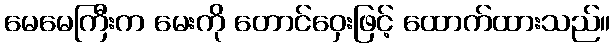
မေမေကြီးက မေးကို တောင်ဝှေးဖြင့် ထောက်ထားသည်။